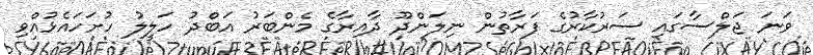
ވަނަ ޖަލްސާގައި ސަރުކާރުގެ ފަރާތުން ނިލަންދޫ ދާއިރާގެ މެންބަރު އަބްދު ހަލީލު ހުށަހައެޅުއްވި